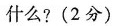
什么?(2分)